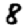
Digit: 8